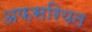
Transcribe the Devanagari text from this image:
अफ़सरियत